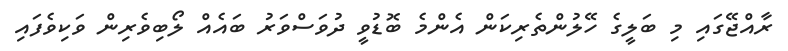
ރާއްޖޭގައި މި ބަލީގެ ހޭލުންތެރިކަން އެންމެ ބޮޑުވީ ދުވަސްވަރު ބައެއް ލޯބިވެރިން ވަކިވެފައި